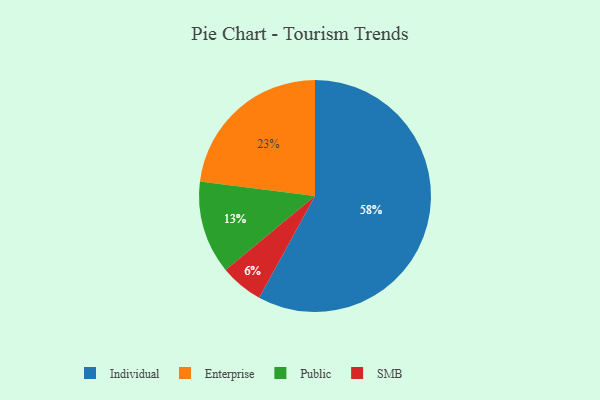
{"axis": {"x": "Category", "y": "Percentage"}, "legend": ["Enterprise", "Individual", "Public", "SMB"], "data": [{"x": "Individual", "y": 58, "type": "Individual"}, {"x": "Enterprise", "y": 23, "type": "Enterprise"}, {"x": "Public", "y": 13, "type": "Public"}, {"x": "SMB", "y": 6, "type": "SMB"}]}